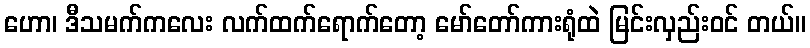
ဟော၊ ဒီသမက်ကလေး လက်ထက်ရောက်တော့ မော်တော်ကားရုံထဲ မြင်းလှည်းဝင် တယ်။